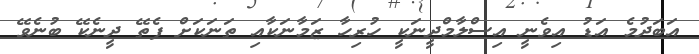
އަބަދުމެ އަޑު އިވެނީ އިސްލާމްދީނަކީ ހުރިހާ ޒަމާނަކާއި ތަނަކަށް ފެތޭ ދީނެކޭ ބުނެވޭ